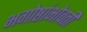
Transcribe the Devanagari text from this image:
भगोष्ठांभोवती